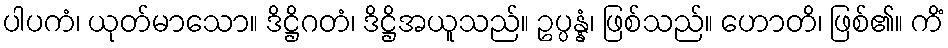
ပါပကံ၊ ယုတ်မာသော။ ဒိဋ္ဌိဂတံ၊ ဒိဋ္ဌိအယူသည်။ ဥပ္ပန္နံ၊ ဖြစ်သည်။ ဟောတိ၊ ဖြစ်၏။ ကိံ